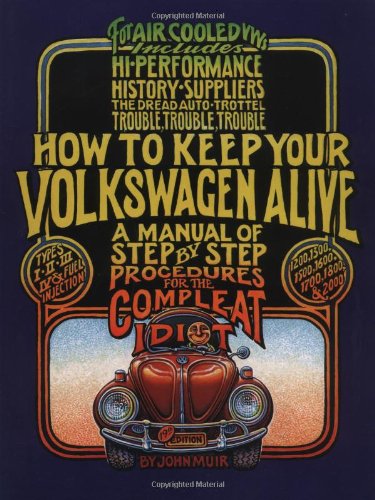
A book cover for How to Keep Your Volkswagen Alive: A Manual of Step-by-Step Procedures for the Compleat Idiot; John Muir; Engineering & Transportation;